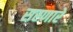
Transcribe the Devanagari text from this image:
सरणारे